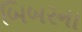
બિબરના